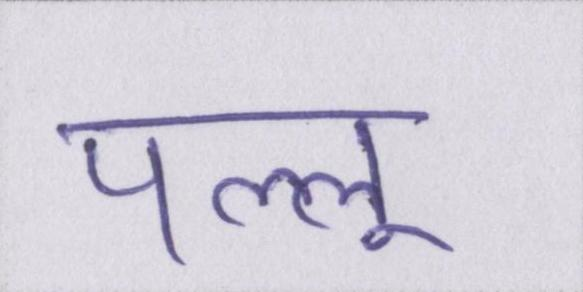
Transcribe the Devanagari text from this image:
पल्लू